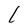
Character: L